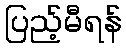
ပြည့်မီရန်